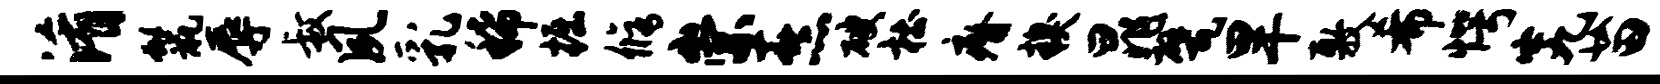
淆鬣辱叔夙乳稀掘修崇熹破杜瘠糗晁甓旱敷希愕究苗